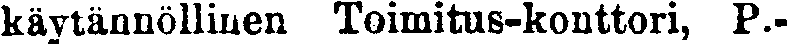
käytännöllinen Toimitus-konttori, P.-